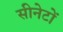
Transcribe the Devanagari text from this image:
सीनेटों